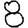
Digit: 8